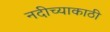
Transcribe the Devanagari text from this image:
नदीच्याकाठी